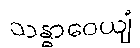
သန္ဓာဝေယျံ